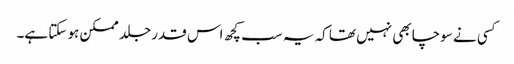
کسی نے سوچا بھی نہیں تھا کہ یہ سب کچھ اس قدر جلد ممکن ہو سکتا ہے۔